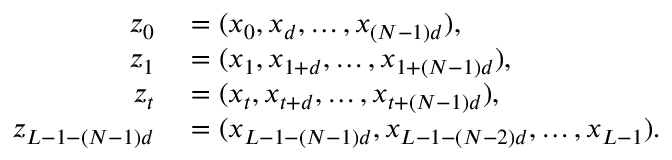
\begin{array} { r l } { z _ { 0 } } & { { } = ( x _ { 0 } , x _ { d } , \ldots , x _ { ( N - 1 ) d } ) , } \\ { z _ { 1 } } & { { } = ( x _ { 1 } , x _ { 1 + d } , \ldots , x _ { 1 + ( N - 1 ) d } ) , } \\ { z _ { t } } & { { } = ( x _ { t } , x _ { t + d } , \ldots , x _ { t + ( N - 1 ) d } ) , } \\ { z _ { L - 1 - ( N - 1 ) d } } & { { } = ( x _ { L - 1 - ( N - 1 ) d } , x _ { L - 1 - ( N - 2 ) d } , \ldots , x _ { L - 1 } ) . } \end{array}